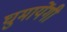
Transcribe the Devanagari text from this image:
घुमायेंगी